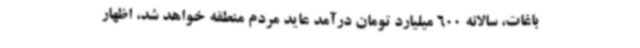
باغات، سالانه 600 میلیارد تومان درآمد عاید مردم منطقه خواهد شد، اظهار